Annual administration report of the Civil Veterinary Department of India - 1894-1895
Year: 1894
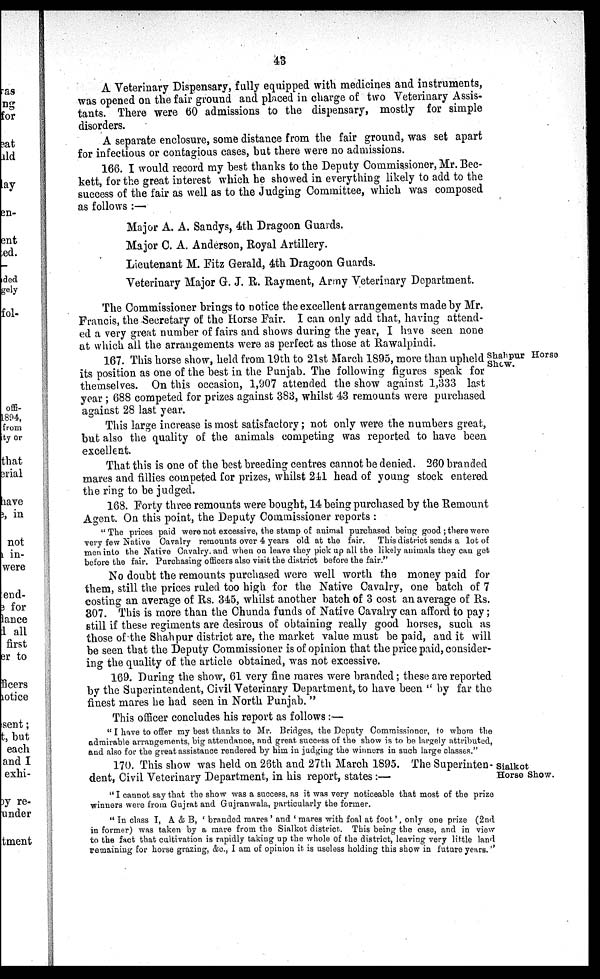
43
A Veterinary Dispensary, fully equipped with medicines and instruments,
was opened on the fair ground and placed in charge of two Veterinary Assis-
tants. There were 60 admissions to the dispensary, mostly for simple
disorders.
A separate enclosure, some distance from the fair ground, was set apart
for infectious or contagious cases, but there were no admissions.
166. I would record my best thanks to the Deputy Commissioner, Mr. Bec-
kett, for the great interest which he showed in everything likely to add to the
success of the fair as well as to the Judging Committee, which was composed
as follows :—
Major A. A. Sandys, 4th Dragoon Guards.
Major C. A. Anderson, Royal Artillery.
Lieutenant M. Fitz Gerald, 4th Dragoon Guards.
Veterinary Major G. J. R. Rayment, Army Veterinary Department.
The Commissioner brings to notice the excellent arrangements made by Mr.
Francis, the Secretary of the Horse Fair. I can only add that, having attend-
ed a very great number of fairs and shows during the year, I have seen none
at which all the arrangements were as perfect as those at Rawalpindi.
Shahpur Horse
Show.
167. This horse show, held from 19th to 21st March 1895, more than upheld
its position as one of the best in the Punjab. The following figures speak for
themselves. On this occasion, 1,907 attended the show against 1,333 last
year ; 688 competed for prizes against 383, whilst 43 remounts were purchased
against 28 last year.
This large increase is most satisfactory; not only were the numbers great,
but also the quality of the animals competing was reported to have been
excellent.
That this is one of the best breeding centres cannot be denied. 260 branded
mares and fillies competed for prizes, whilst 241 head of young stock entered
the ring to be judged.
168. Forty three remounts were bought, 14 being purchased by the Remount
Agent. On this point, the Deputy Commissioner reports :
"The prices paid were not excessive, the stamp of animal purchased being good ; there were
very few Native Cavalry remounts over 4 years old at the fair.
This district sends a lot of
men into the Native Cavalry. and when on leave they pick up all the likely animals they can get
before the fair. Purchasing officers also visit the district before the fair."
No doubt the remounts purchased were well worth the money paid for
them, still the prices ruled too high for the Native Cavalry, one batch of 7
costing an average of Rs. 345, whilst another batch of 3 cost an average of Rs.
307. This is more than the Chunda funds of Native Cavalry can afford to pay;
still if these regiments are desirous of obtaining really good horses, such as
those of the Shahpur district are, the market value must be paid, and it will
be seen that the Deputy Commissioner is of opinion that the price paid, consider-
ing the quality of the article obtained, was not excessive.
169. During the show, 61 very fine mares were branded; these are reported
by the Superintendent, Civil Veterinary Department, to have been "by far the
finest mares he had seen in North Punjab. "
This officer concludes his report as follows :—
" I have to offer my best thanks to Mr. Bridges, the Deputy Commissioner, to whom the
admirable arrangements, big attendance, and great success of the show is to be largely attributed,
and also for the great assistance rendered by him in judging the winners in such large classes."
Sialkot
Horse Show.
170. This show was held on 26th and 27th March 1895. The Superinten-
dent, Civil Veterinary Department, in his report, states :—
" I cannot say that the show was a success, as it was very noticeable that most of the prize
winners were from Gujrat and Gujranwala, particularly the former.
" In class I, A & B, ' branded mares ' and ' mares with foal at foot', only one prize (2nd
in former) was taken by a mare from the Sialkot district. This being the case, and in view
to the fact that cultivation is rapidly taking up the whole of the district, leaving very little land
remaining for horse grazing, &c., I am of opinion it is useless holding this show in future years."